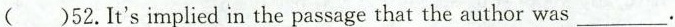
( )52.It's implied in the passage that the author was___.